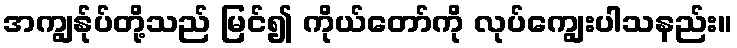
အကျွန်ုပ်တို့သည် မြင်၍ ကိုယ်တော်ကို လုပ်ကျွေးပါသနည်း။